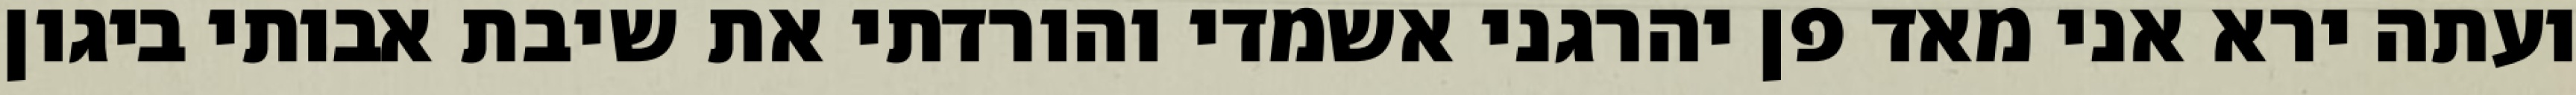
ועתה ירא אני מאד פן יהרגני אשמדי והורדתי את שיבת אבותי ביגון